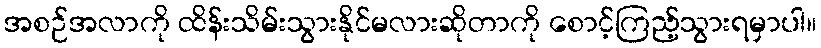
အစဉ်အလာကို ထိန်းသိမ်းသွားနိုင်မလားဆိုတာကို စောင့်ကြည့်သွားရမှာပါ။